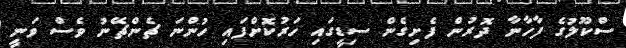
ސްކޫލުގެ ފާހާނާ ދޮރުން ފެށިގެން ސިޑީގައި ހަރުކޮށްފައި ހުންނަ ޗެންޗޭނު ވެސް ވަނީ